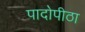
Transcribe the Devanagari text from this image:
पादोपीठा